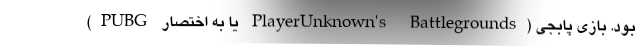
بود. بازی پابجی (PlayerUnknown's Battlegrounds یا به اختصار PUBG)